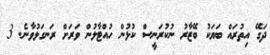
ދަގޭ އިތުރައް ބަޔަކު ބޭޒާރު ނުކުރަނީސް ކުޅުން ހުއްޓާލުން ވަރަށް ރަނގަޅުވާނެ. 3